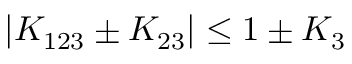
| K _ { 1 2 3 } \pm K _ { 2 3 } | \le 1 \pm K _ { 3 }